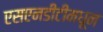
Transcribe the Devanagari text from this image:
एसएनडीटीमधून